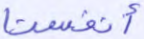
أنفسنا